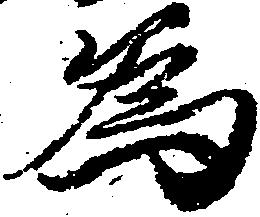
為